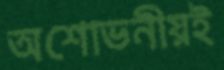
অশোভনীয়ই